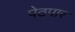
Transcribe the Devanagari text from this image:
पेठपार